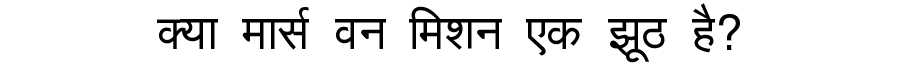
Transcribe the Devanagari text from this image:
क्या मार्स वन मिशन एक झूठ है?